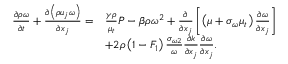
\begin{array} { r l } { \frac { { \partial \rho \omega } } { { \partial t } } + \frac { { \partial \left( { \rho { u _ { j } } \omega } \right) } } { { \partial { x _ { j } } } } = } & { \frac { { \gamma \rho } } { { { \mu _ { t } } } } P - \beta \rho { \omega ^ { 2 } } + \frac { \partial } { { \partial { x _ { j } } } } \left[ { \left( { \mu + { \sigma _ { \omega } } { \mu _ { t } } } \right) \frac { { \partial \omega } } { { \partial { x _ { j } } } } } \right] } \\ & { + 2 \rho \left( { 1 - { F _ { 1 } } } \right) \frac { { { \sigma _ { \omega 2 } } } } { \omega } \frac { { \partial k } } { { \partial { x _ { j } } } } \frac { { \partial \omega } } { { \partial { x _ { j } } } } \mathrm { . } } \end{array}